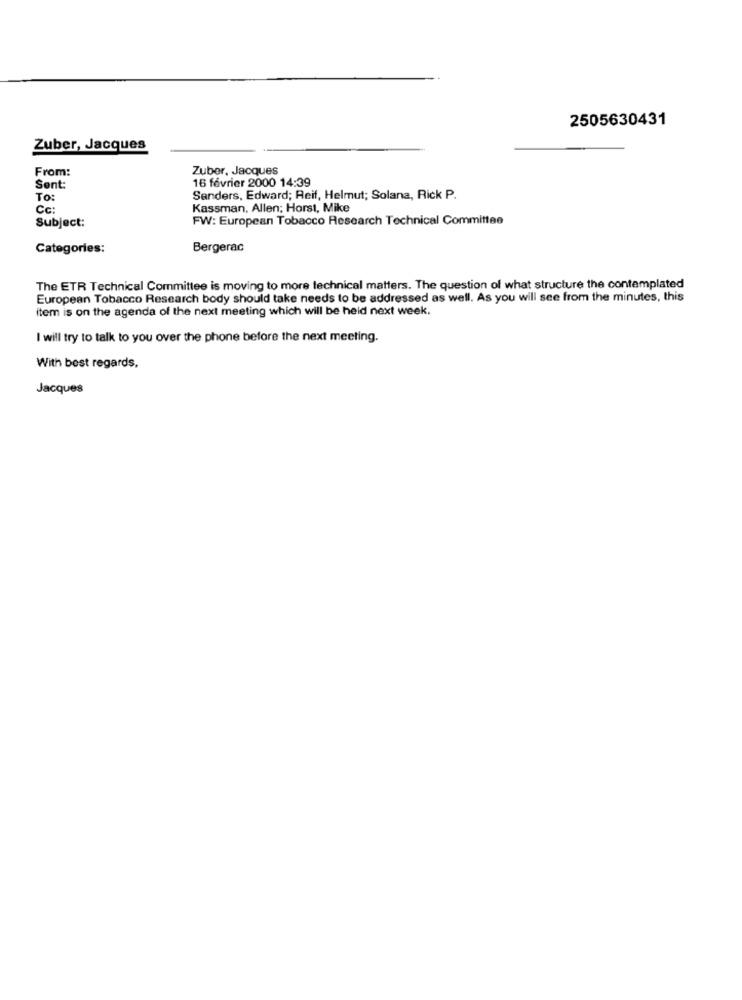
2505630431
Zuber, Jacques
From:
Zuber, Jacques
16 février 2000 14:39
Sent:
To:
Sanders, Edward; Reif, Helmut; Solana, Rick P.
Cc:
Kassman, Allen; Horst, Mike
FW: European Tobacco Research Technical Committee
Subject:
Categories:
Bergerac
The ETR Technical Committee is moving to more technical matters. The question of what structure the contemplated
European Tobacco Research body should take needs to be addressed as well. As you will see from the minutes, this
item is on the agenda of the next meeting which will be held next week.
I will try to talk to you over the phone before the next meeting.
With best regards,
Jacques